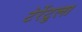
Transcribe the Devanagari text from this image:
टेरेंटुला